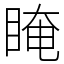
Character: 䁆